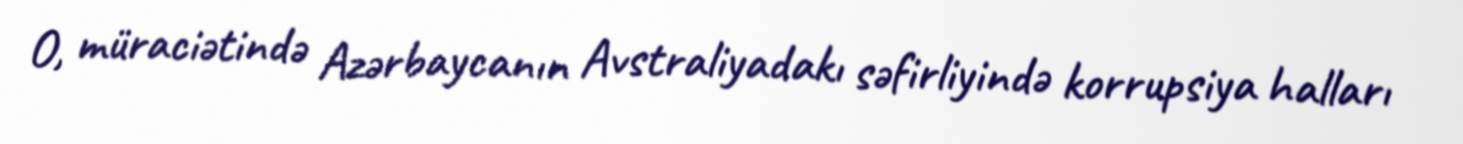
O, müraciətində Azərbaycanın Avstraliyadakı səfirliyində korrupsiya halları